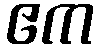
ဧက